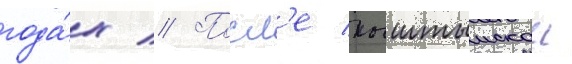
года́х // Посл'е кыштымскои